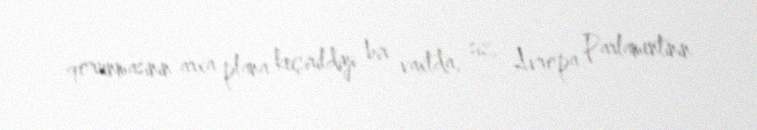
qorunmasının arxa plana keçirildiyi bir vaxtda, siz, Avropa Parlamentinin